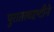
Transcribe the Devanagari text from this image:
पुरातत्त्वदृष्टीने